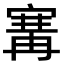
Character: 㝤